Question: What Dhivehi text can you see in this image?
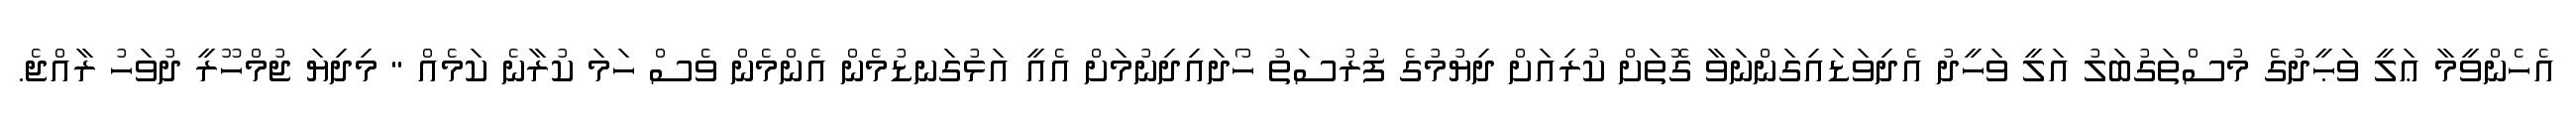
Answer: އެހެންވީމާ ޢަލީ ވަޙީދުގެ މުސްތަގުބަލު އަލީ ވަހީދު އެދިވަޑައިގަންނަވާ ގޮތަށް ކުރިއަށް ދިޔުމުގެ ފުރުސަތު ހޯދައިދިނުމަށް އެއީ އަޅުގަނޑުމެން އެންމެން ވެސް ހަމަ ކުރާނެ ކަމެއް " މިދިޔަ ޖުމްހޫރީ ދުވަހު ރާއްޖެ.